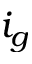
i _ { g }